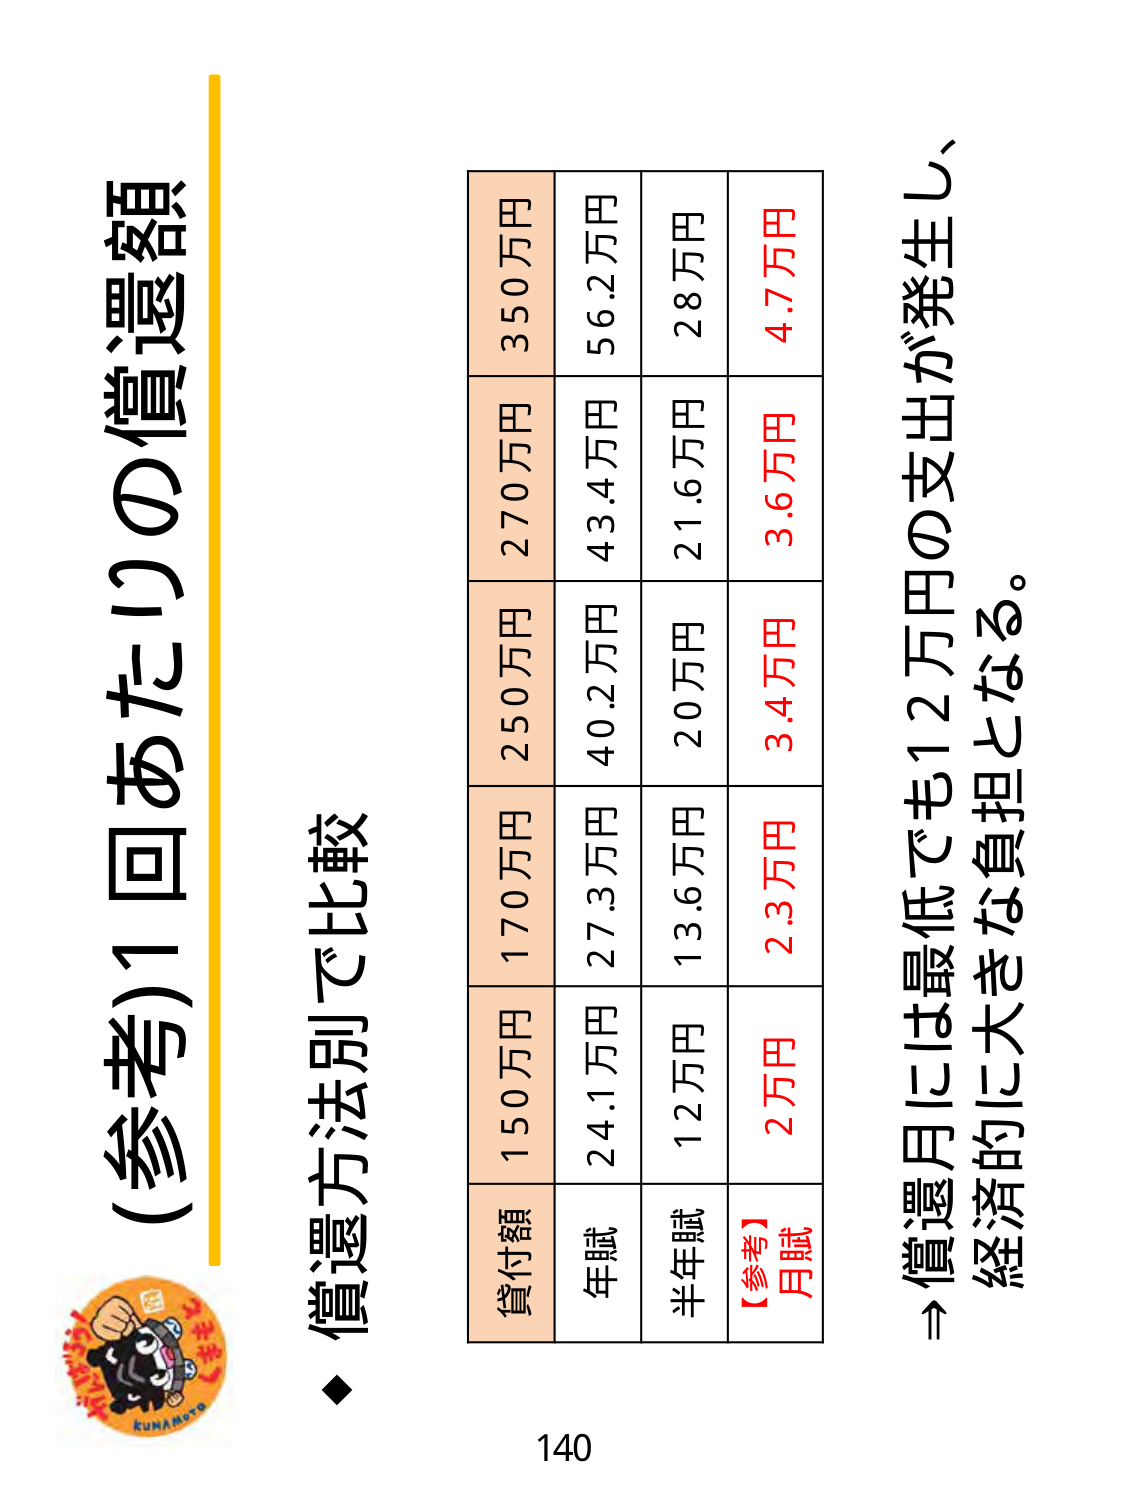
(参考)1回あたりの償還額

◆ 償還方法別で比較

貸付額　150万円　170万円　250万円　270万円　350万円
年賦　　24.1万円　27.3万円　40.2万円　43.4万円　56.2万円
半年賦　12万円　13.6万円　20万円　21.6万円　28万円
【参考】月賦　2万円　2.3万円　3.4万円　3.6万円　4.7万円

→ 償還月には最低でも12万円の支出が発生し、
　経済的に大きな負担となる。

140

KUNAMOTO